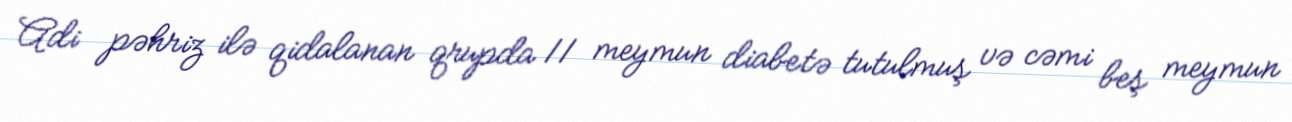
Adi pəhriz ilə qidalanan qrupda 11 meymun diabetə tutulmuş və cəmi beş meymun